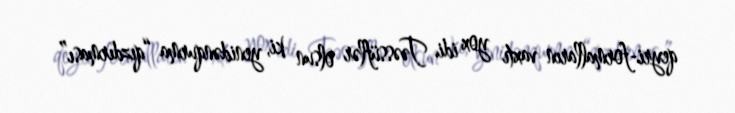
qeyri-formalların vaxtı yox idi. Təəssüflər olsun ki, yenidənqurma “qızdırması”